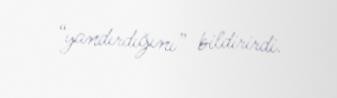
“yandırdığını” bildirirdi.